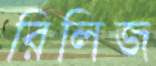
রিলিজ